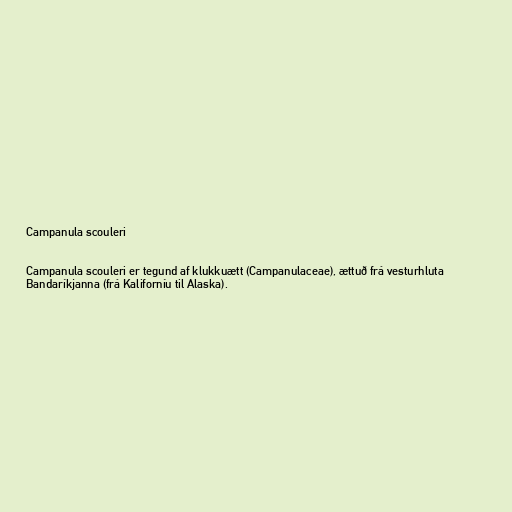
Campanula scouleri

Campanula scouleri er tegund af klukkuætt (Campanulaceae), ættuð frá vesturhluta
Bandaríkjanna (frá Kaliforníu til Alaska).